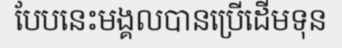
បែបនេះមង្គលបានប្រើដើមទុន